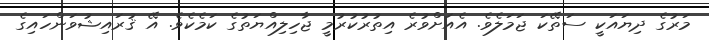
މަރުގެ ދިޔައަކީ ސަތޭކަ ޖަމަލެވެ. އެއަށްވުރެ އިތުރުކުރުމީ ޖާހިލިއްޔަތުގެ ކަމެކެވެ. އޭ ޤުރައިޝުވަންހައިގެ